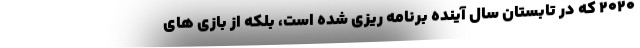
۲۰۲۰ که در تابستان سال آینده برنامه ریزی شده است، بلکه از بازی های